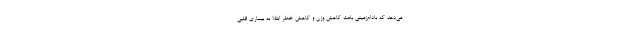
می‌دهد که بادام‌زمینی باعث کاهش وزن و کاهش خطر ابتلا به بیماری قلبی